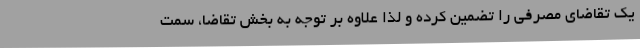
یک تقاضای مصرفی را تضمین کرده و لذا علاوه بر توجه به بخش تقاضا، سمت